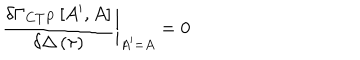
LaTeX: \frac { \delta \Gamma _ { C T P } \left[ A ^ { \prime } , A \right] } { \delta \Delta \left( \tau \right) } \bigg | _ { A ^ { \prime } = A } = 0